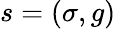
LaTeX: s=(\sigma,g)